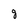
Character: g